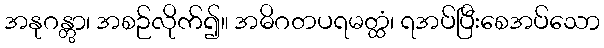
အနုဂန္တွာ၊ အစဉ်လိုက်၍။ အဓိဂတပရမတ္ထံ၊ ရအပ်ပြီးစေအပ်သော